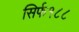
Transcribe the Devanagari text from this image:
सिर्फ१८८